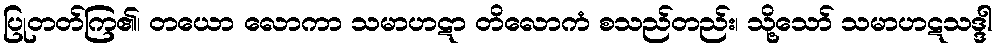
ပြုတတ်ကြ၏၊ တယော လောကာ သမာဟဋာ တိလောကံ စသည်တည်း၊ သို့သော် သမာဟဋသဒ္ဒါ